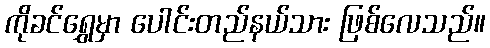
ကိုခင်ရွှေမှာ ပေါင်းတည်နယ်သား ဖြစ်လေသည်။